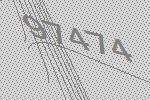
97474